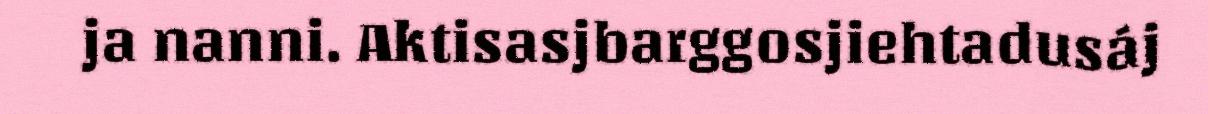
ja nanni. Aktisasjbarggosjiehtadusáj